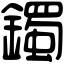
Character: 鐲